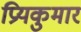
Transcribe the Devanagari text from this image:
प्रियकुमार